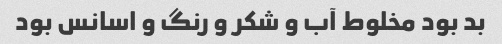
بد بود مخلوط آب و شکر و رنگ و اسانس بود